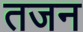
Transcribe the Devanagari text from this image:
तजन